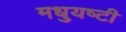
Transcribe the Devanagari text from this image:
मधुयष्‍टी